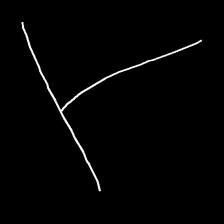
Glyph: column